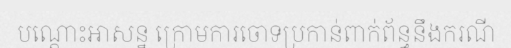
បណ្តោះអាសន្ន ក្រោមការចោទប្រកាន់ពាក់ព័ន្ធនឹងករណី